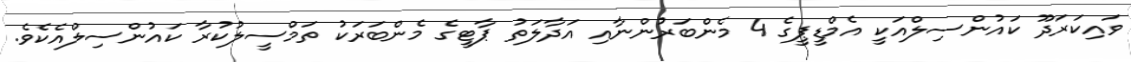
ވައިކަރަދޫ ކައުންސިލްއަކީ އެމްޑީޕީގެ 4 މެންބަރުންނާއި އަދާލަތު ޕާޓީގެ މެންބަރަކު ތަމްސީލުކުރާ ކައުންސިލްއެކެވެ.